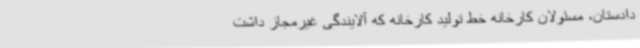
دادستان، مسئولان کارخانه خط تولید کارخانه که آلایندگی غیرمجاز داشت